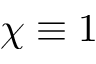
\chi \equiv 1